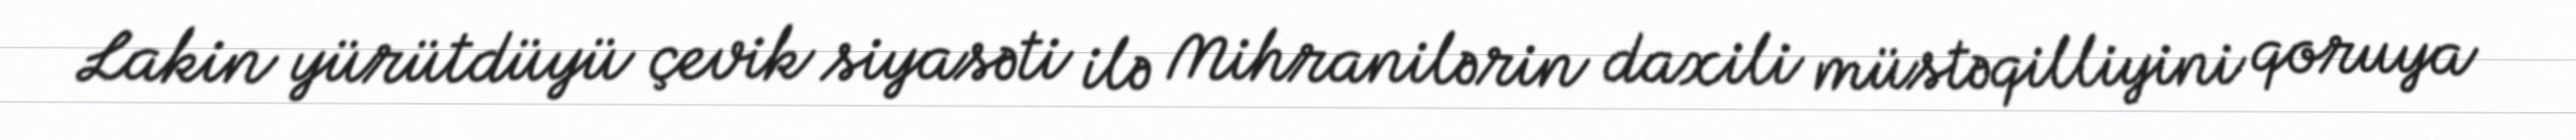
Lakin yürütdüyü çevik siyasəti ilə Mihranilərin daxili müstəqilliyini qoruya